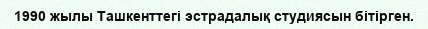
1990 жылы Ташкенттегі эстрадалық студиясын бітірген.